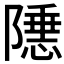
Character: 𬯝